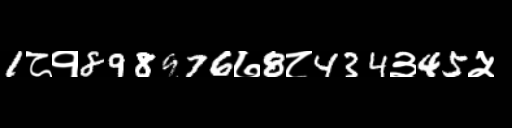
Text: 1८१898976७8८434३45५